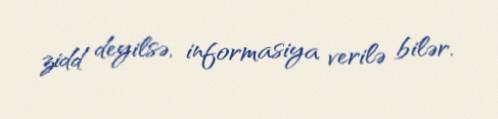
zidd deyilsə, informasiya verilə bilər.